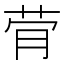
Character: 䒿